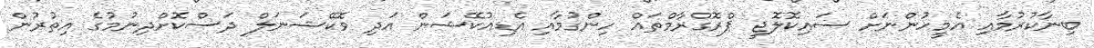
ބިނާކުރުމާއި އެމީހުންނަށް ސައިކޮލޮޖީ ޕްރޮގްރާމްތައް ހިންގުމާއި އެޑިއުކޭޝަން އަދި ވޮކޭޝަނަލް ދަސްކޮށްދިނުމުގެ އިތުރުން